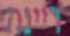
ריינה